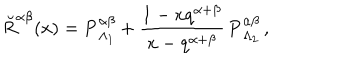
\breve { R } ^ { \alpha \beta } ( x ) = { \bf P } _ { \Lambda _ { 1 } } ^ { \alpha \beta } + \frac { 1 - x q ^ { \alpha + \beta } } { x - q ^ { \alpha + \beta } } \, { \bf P } _ { \Lambda _ { 2 } } ^ { \alpha \beta } \, ,